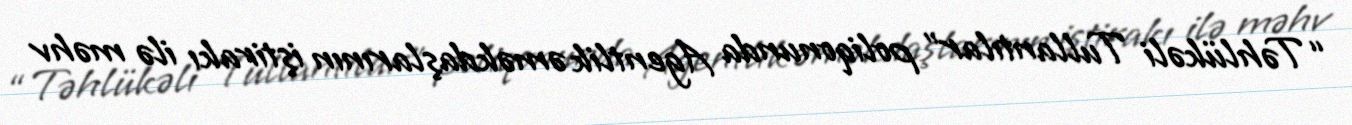
“Təhlükəli Tullantılar” poliqonunda Agentlik əməkdaşlarının iştirakı ilə məhv